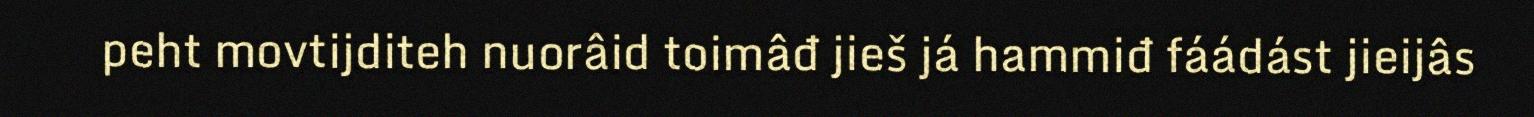
peht movtijditeh nuorâid toimâđ jieš já hammiđ fáádást jieijâs